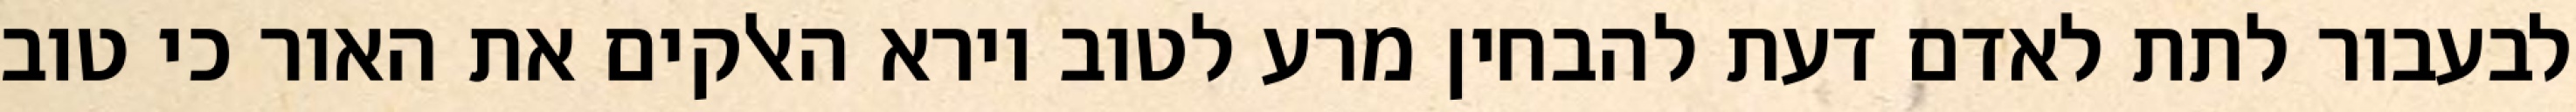
לבעבור לתת לאדם דעת להבחין מרע לטוב וירא האלקים את האור כי טוב